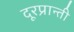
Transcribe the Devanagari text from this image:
दूरप्रान्ती